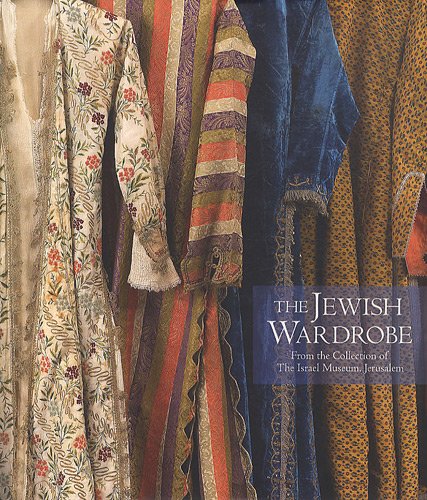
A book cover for The Jewish Wardrobe: From the Collection of the Israel Museum, Jerusalem; Daisy Raccah-Djivre; Travel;